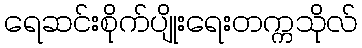
ရေဆင်းစိုက်ပျိုးရေးတက္ကသိုလ်